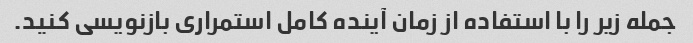
جمله زیر را با استفاده از زمان آینده کامل استمراری بازنویسی کنید.